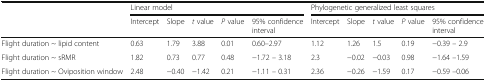
|  | <COLSPAN=5> Linear model | <COLSPAN=5> Phylogenetic generalized least squares |
 |  | Intercept | Slope | t value | P value | 95% confidence interval | Intercept | Slope | t value | P value | 95% confidence interval |
 | --- | --- | --- | --- | --- | --- | --- | --- | --- | --- | --- |
 | Flight duration ~ lipid content | 0.63 | 1.79 | 3.88 | 0.01 | 0.60–2.97 | 1.12 | 1.26 | 1.5 | 0.19 | −0.39 – 2.9 |
 | Flight duration ~ sRMR | 1.82 | 0.73 | 0.77 | 0.48 | −1.72 – 3.18 | 2.3 | −0.02 | −0.03 | 0.98 | −1.64 –1.59 |
 | Flight duration ~ Oviposition window | 2.48 | −0.40 | −1.42 | 0.21 | −1.11 – 0.31 | 2.36 | −0.26 | −1.59 | 0.17 | −0.59 –0.06 |